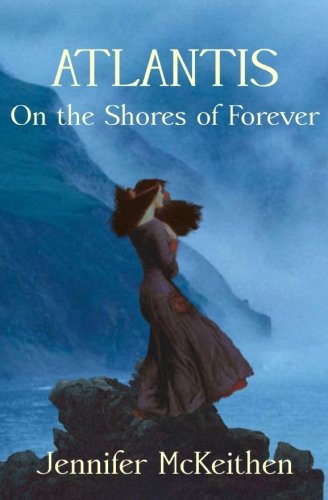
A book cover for Atlantis On the Shores of Forever (Volume 1); Jennifer McKeithen; Science Fiction & Fantasy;